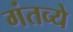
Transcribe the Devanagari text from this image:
गंतव्ये